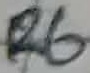
Text: R6